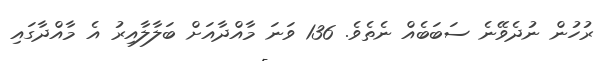
ރުހުން ނުދެވޭނެ ސަބަބެއް ނެތެވެ. 136 ވަނަ މާއްދާއަށް ބަލާލާއިރު އެ މާއްދާގައި